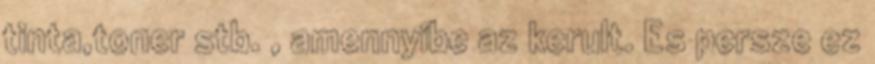
tinta,toner stb. , amennyibe az kerult. Es persze ez